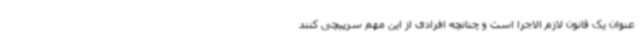
عنوان یک قانون لازم الاجرا است و چنانچه افرادی از این مهم سرپیچی کنند